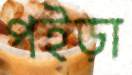
পইড়া